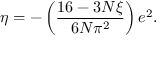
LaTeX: \eta = - \left( \frac { 1 6 - 3 N \xi } { 6 N \pi ^ { 2 } } \right) e ^ { 2 } .